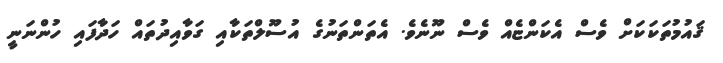
ޤައުމުތަކަކަށް ވެސް އެކަންޏެއް ވެސް ނޫނެވެ. އެތަންތަނުގެ އުސޫލްތަކާއި ގަވާއިދުތައް ހަދާފައި ހުންނަނީ